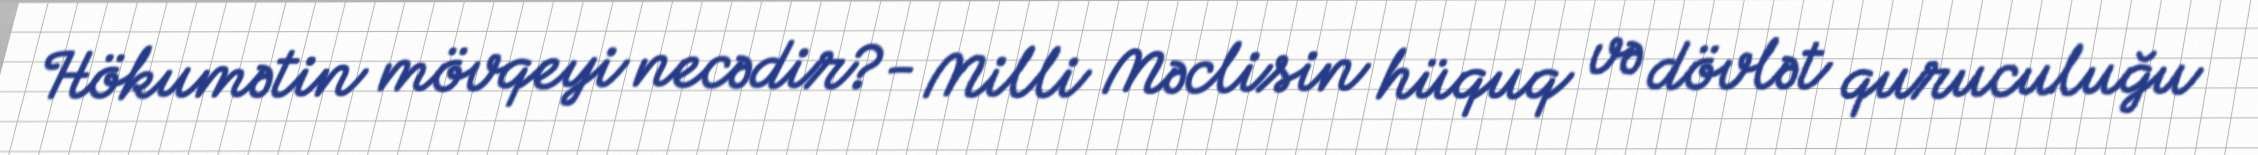
Hökumətin mövqeyi necədir?- Milli Məclisin hüquq və dövlət quruculuğu